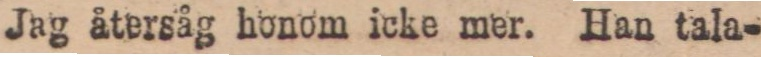
Jag återsåg honom icke mer. Han tala-